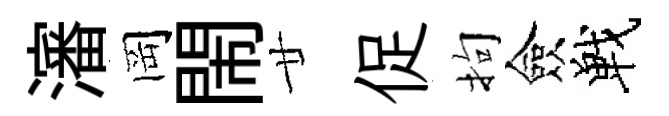
瀋岡閙廿促拘僉戰